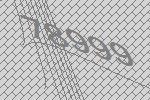
78999